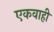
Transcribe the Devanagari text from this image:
एकवाही